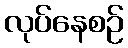
လုပ်နေစဉ်